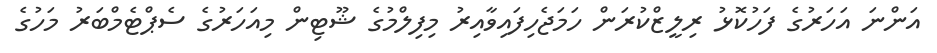
އަންނަ އަހަރުގެ ފަހުކޮޅު ރިލީޒްކުރަން ހަމަޖެހިފައިވާއިރު މިފިލްމުގެ ޝޫޓިން މިއަހަރުގެ ސެޕްޓެމްބަރު މަހުގެ